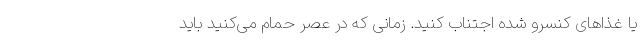
یا غذا‌های کنسرو شده اجتناب کنید. زمانی که در عصر حمام می‌کنید باید